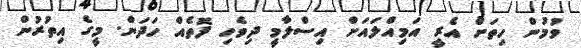
ވުމުން ހިތަށް އެރީ އަމިއްލައަށް އިސްލާމީ ދިވެހި ފޮތެއް ހަދަން. މީގެ އިތުރުން